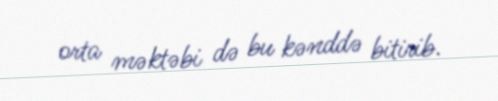
orta məktəbi də bu kənddə bitirib.